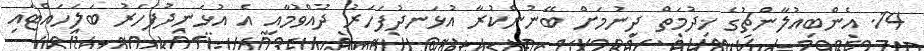
14. އެންބިއުލާންޗުގެ ޚިދުމަތް ދިނުމަށް ބޭނުންކުރާ އުޅަނދުފަހަރު ދުއްވުމާއި އެ އުޅަނދުފަހަރު ބަލަހައްޓައި